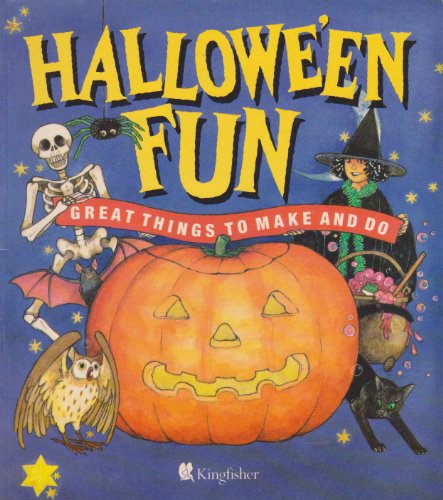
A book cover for Hallowe'en Fun: Great Things to Make and Do; Annabel Spenceley Abigail Willis; Children's Books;